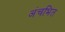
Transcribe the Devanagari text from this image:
अंचभित